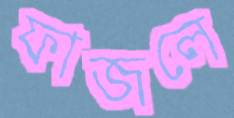
ফাজলে